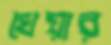
খেয়ার